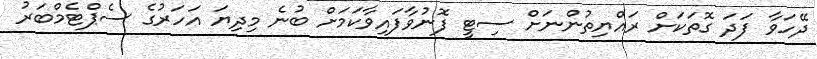
ދޭހަވާ ފަދަ ގޮތަކަށް ރައްޔިތުންނަށް ސިޓީ ފޮނުވާފައިވާކަމަށް ބުނެ މިދިޔަ އަހަރުގެ ސެޕްޓެމްބަރު